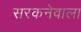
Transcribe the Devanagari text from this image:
सरकनेवाला